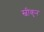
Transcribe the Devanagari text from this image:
स्वीकृन